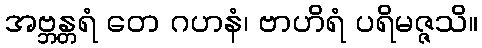
အဗ္ဘန္တရံ တေ ဂဟနံ၊ ဗာဟိရံ ပရိမဇ္ဇသိ။